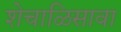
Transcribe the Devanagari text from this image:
शेचाळिसावा